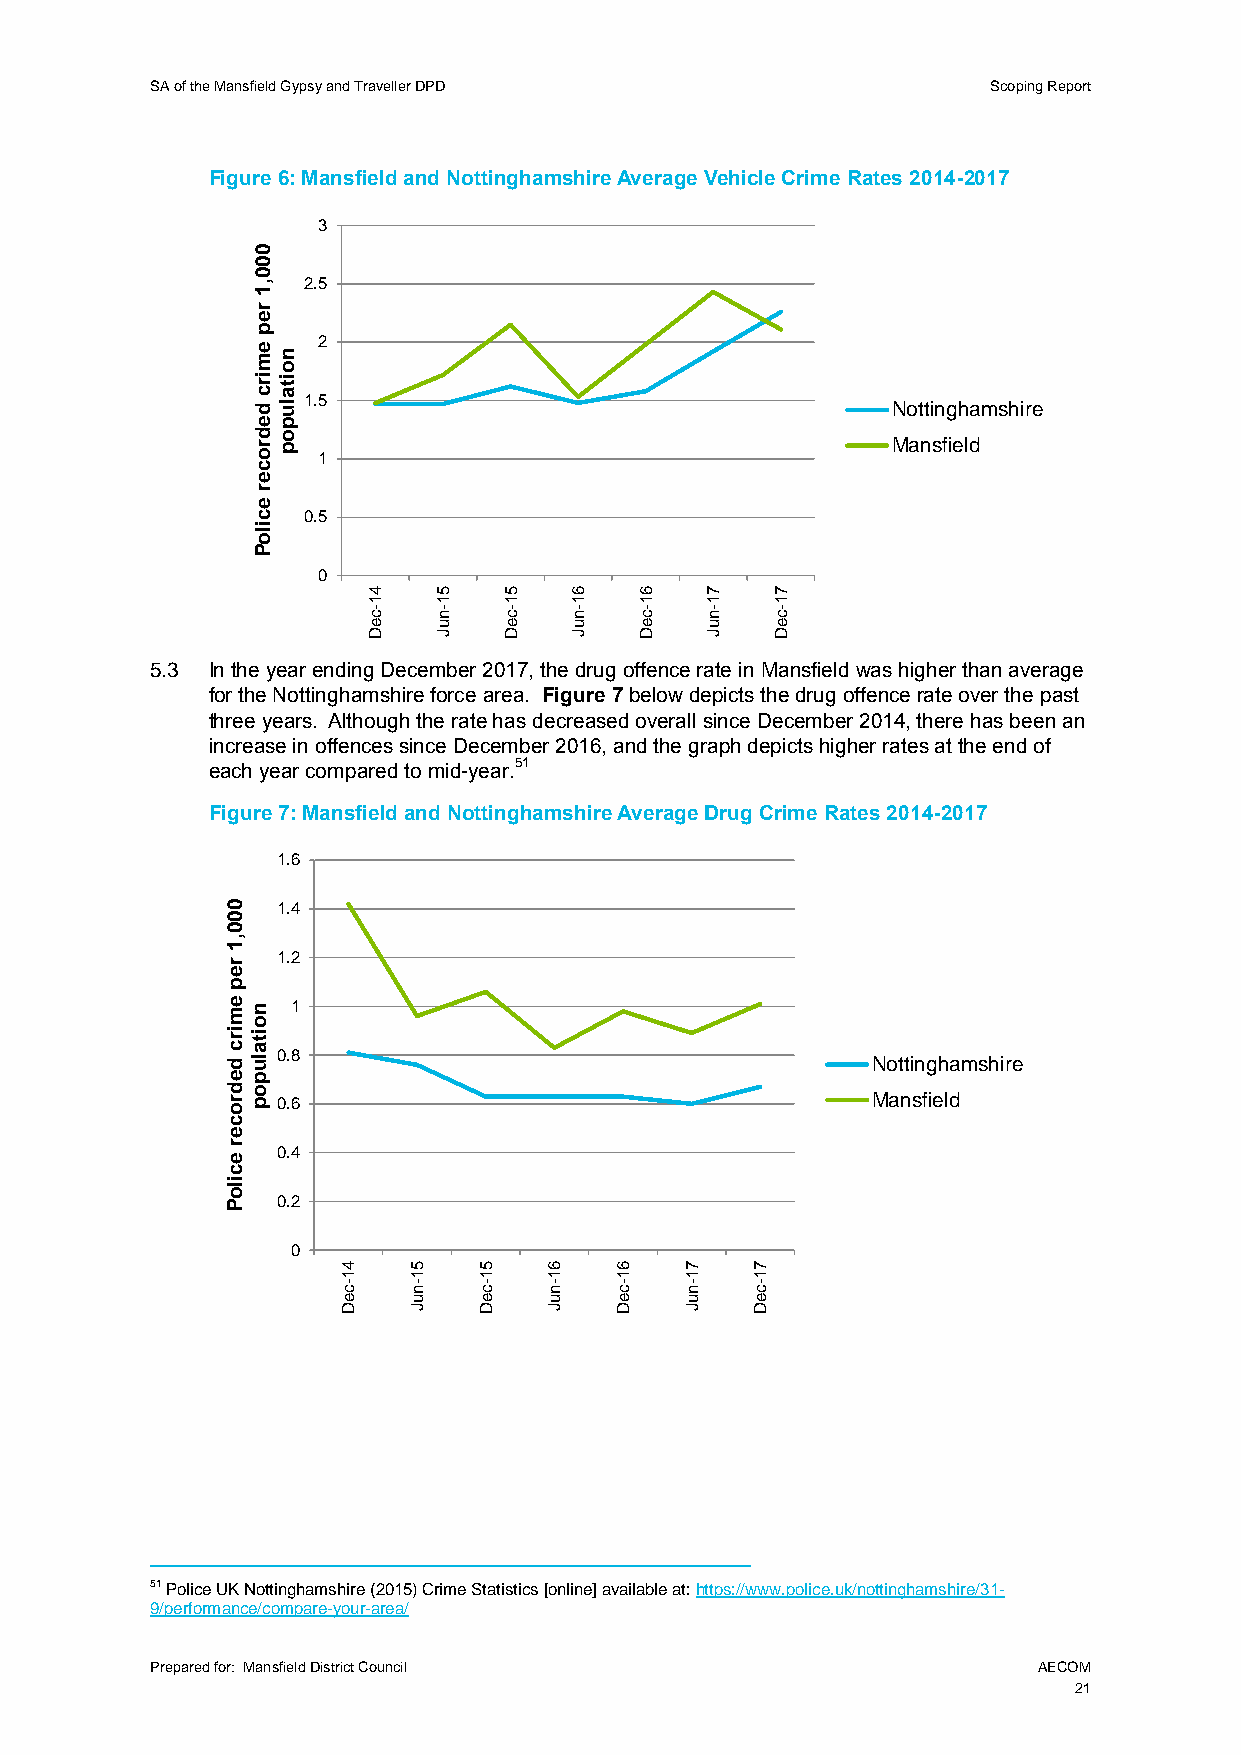
SA of the Mansfield Gypsy and Traveller DPD             Scoping Report
 Figure 6: Mansfield and Nottinghamshire Average Vehicle Crime Rates 2014-2017
 3
 0
 0
 0
 ,1 2.5
 r
 e
 p
 e
 mn
 2
 o
 ir cit
 a
 dlu 1.5                                   Nottinghamshire
 ep
 do
 r op
 1
 Mansfield
 c
 e
 r
 e
 c  0.5
 ilo
 P
 0
 4    5   5    6   6    7   7
 1    1   1    1   1    1   1
 -c   -n  -c   -n  -c   -n  -c
 e    u   e    u   e    u   e
 D    J   D    J   D    J   D
 5.3 In the year ending December 2017, the drug offence rate in Mansfield was higher than average
 for the Nottinghamshire force area. Figure 7 below depicts the drug offence rate over the past
 three years. Although the rate has decreased overall since December 2014, there has been an
 increase in offences since December 2016, and the graph depicts higher rates at the end of
 each year compared to mid-year.51
 Figure 7: Mansfield and Nottinghamshire Average Drug Crime Rates 2014-2017
 1.6
 0  1.4
 0
 0
 ,1
 r
 1.2
 e
 p
 e mn 1
 o
 ir cit
 a
 dlu 0.8                                    Nottinghamshire
 ep
 do
 r op 0.6                                   Mansfield
 c
 e
 r
 e
 0.4
 c
 ilo
 P  0.2
 0
 4   5    5   6    6   7    7
 1   1    1   1    1   1    1
 -c  -n   -c  -n   -c  -n   -c
 e   u    e   u    e   u    e
 D   J    D   J    D   J    D
 51 Police UK Nottinghamshire (2015) Crime Statistics [online] available at: https://www.police.uk/nottinghamshire/31-
 9/performance/compare-your-area/
 Prepared for: Mansfield District Council                   AECOM
 21